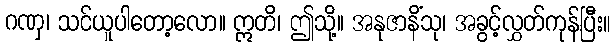
ဂဏှ၊ သင်ယူပါတော့လော။ ဣတိ၊ ဤသို့။ အနုဇာနိံသု၊ အခွင့်လွှတ်ကုန်ပြီး။